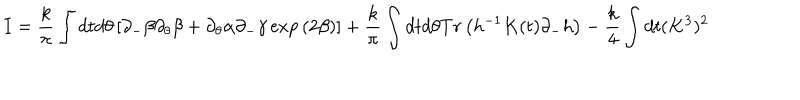
I = \frac { k } { \pi } \int d t d \theta \left[ \partial _ { - } \beta \partial _ { \theta } \beta + \partial _ { \theta } \alpha \partial _ { - } \gamma \exp { ( 2 \beta ) } \right] + \frac { k } { \pi } \int d t d \theta T r \left( h ^ { - 1 } K ( t ) \partial _ { - } h \right) - \frac { k } { 4 } \int d t ( K ^ { 3 } ) ^ { 2 }